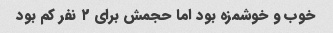
خوب و خوشمزه بود اما حجمش برای ۲ نفر کم بود